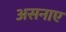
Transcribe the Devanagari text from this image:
असनाए